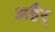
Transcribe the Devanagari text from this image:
अहैर्